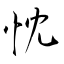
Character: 忱